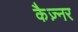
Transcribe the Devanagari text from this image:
कैज़्नर